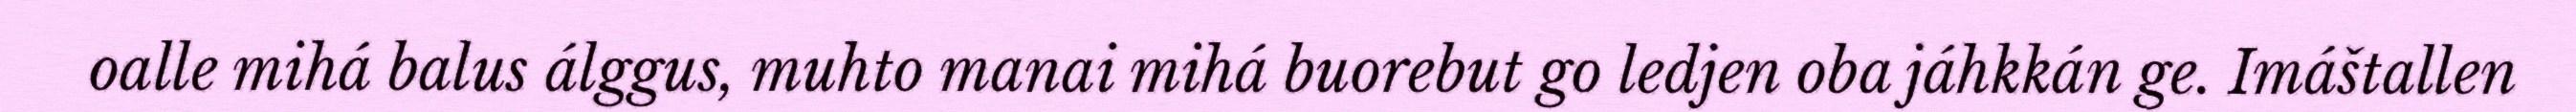
oalle mihá balus álggus, muhto manai mihá buorebut go ledjen oba jáhkkán ge. Imáštallen